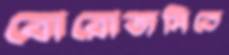
বোরোজমিতে